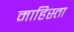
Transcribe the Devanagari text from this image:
माहिस्ता